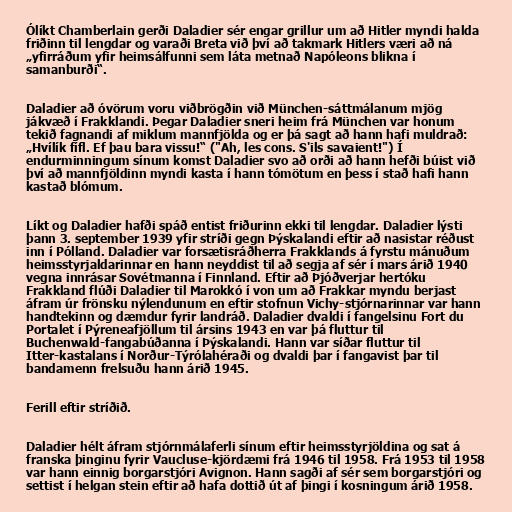
Ólíkt Chamberlain gerði Daladier sér engar grillur um að Hitler myndi halda
friðinn til lengdar og varaði Breta við því að takmark Hitlers væri að ná
„yfirráðum yfir heimsálfunni sem láta metnað Napóleons blikna í
samanburði“.

Daladier að óvörum voru viðbrögðin við München-sáttmálanum mjög
jákvæð í Frakklandi. Þegar Daladier sneri heim frá München var honum
tekið fagnandi af miklum mannfjölda og er þá sagt að hann hafi muldrað:
„Hvílík fífl. Ef þau bara vissu!“ ("Ah, les cons. S'ils savaient!") Í
endurminningum sínum komst Daladier svo að orði að hann hefði búist við
því að mannfjöldinn myndi kasta í hann tómötum en þess í stað hafi hann
kastað blómum.

Líkt og Daladier hafði spáð entist friðurinn ekki til lengdar. Daladier lýsti
þann 3. september 1939 yfir stríði gegn Þýskalandi eftir að nasistar réðust
inn í Pólland. Daladier var forsætisráðherra Frakklands á fyrstu mánuðum
heimsstyrjaldarinnar en hann neyddist til að segja af sér í mars árið 1940
vegna innrásar Sovétmanna í Finnland. Eftir að Þjóðverjar hertóku
Frakkland flúði Daladier til Marokkó í von um að Frakkar myndu berjast
áfram úr frönsku nýlendunum en eftir stofnun Vichy-stjórnarinnar var hann
handtekinn og dæmdur fyrir landráð. Daladier dvaldi í fangelsinu Fort du
Portalet í Pýreneafjöllum til ársins 1943 en var þá fluttur til
Buchenwald-fangabúðanna í Þýskalandi. Hann var síðar fluttur til
Itter-kastalans í Norður-Týrólahéraði og dvaldi þar í fangavist þar til
bandamenn frelsuðu hann árið 1945.

Ferill eftir stríðið.

Daladier hélt áfram stjórnmálaferli sínum eftir heimsstyrjöldina og sat á
franska þinginu fyrir Vaucluse-kjördæmi frá 1946 til 1958. Frá 1953 til 1958
var hann einnig borgarstjóri Avignon. Hann sagði af sér sem borgarstjóri og
settist í helgan stein eftir að hafa dottið út af þingi í kosningum árið 1958.